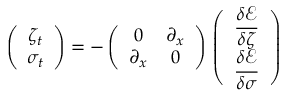
\left( \begin{array} { c } { \medskip \zeta _ { t } } \\ { \sigma _ { t } } \end{array} \right) = - \left( \begin{array} { c c } { \medskip 0 } & { \partial _ { x } } \\ { \partial _ { x } } & { 0 } \end{array} \right) \, \left( \begin{array} { c } { \medskip \displaystyle \frac { \delta \mathcal { E } } { \delta \zeta } } \\ { \displaystyle \frac { \delta \mathcal { E } } { \delta \sigma } } \end{array} \right)